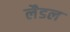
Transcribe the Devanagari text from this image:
लैडल